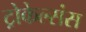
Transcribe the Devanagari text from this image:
ट्रोकेल्संस